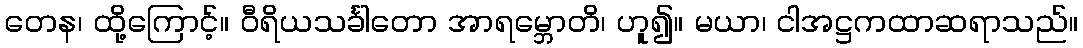
တေန၊ ထို့ကြောင့်။ ဝီရိယသင်္ခါတော အာရမ္ဘောတိ၊ ဟူ၍။ မယာ၊ ငါအဋ္ဌကထာဆရာသည်။